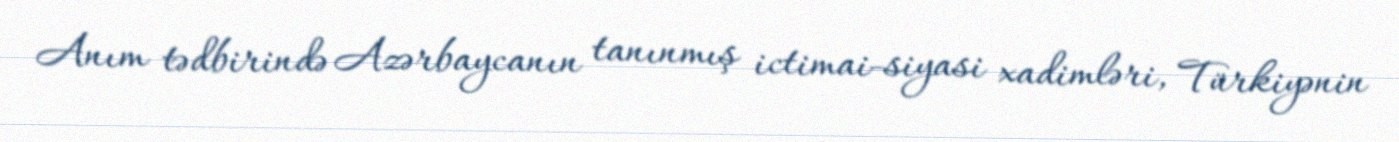
Anım tədbirində Azərbaycanın tanınmış ictimai-siyasi xadimləri, Türkiyənin